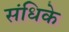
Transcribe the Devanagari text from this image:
संधिके